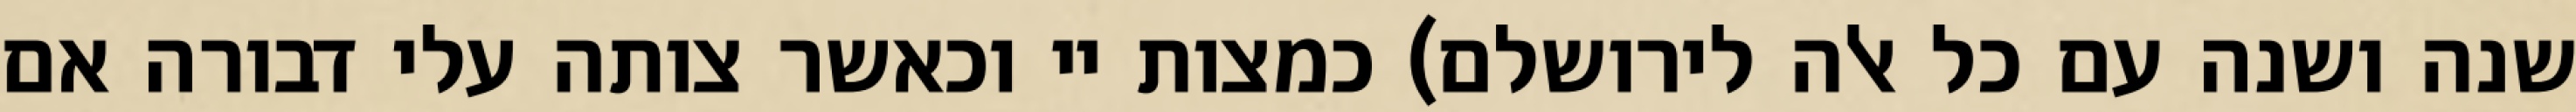
שנה ושנה עם כל אלה לירושלם) כמצות יי וכאשר צותה עלי דבורה אם